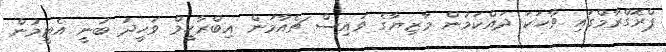
ޕްރޮގްރާމްގައި ވާހަކަ ދައްކަމުން މާޒިޔާގެ ވައިސް ޗެއާމަން އިބްރާހީމް ވަހީދު ބުނީ އެޓީމުން